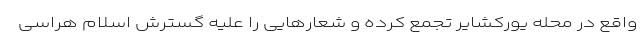
واقع در محله یورکشایر تجمع کرده و شعارهایی را علیه گسترش اسلام هراسی